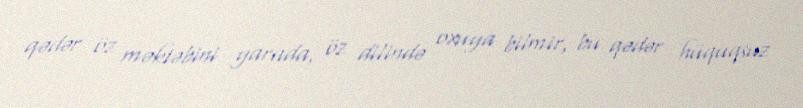
qədər öz məktəbini yarada, öz dilində oxuya bilmir, bu qədər hüquqsuz